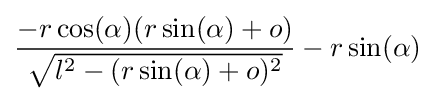
{\frac {-r\cos(\alpha )(r\sin(\alpha )+o)}{\sqrt {l^{2}-(r\sin(\alpha )+o)^{2}}}}-r\sin(\alpha )